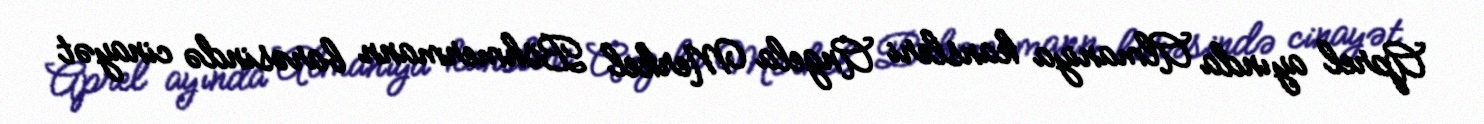
Aprel ayında Almaniya kansleri Angela Merkel Böhmermann barəsində cinayət